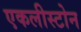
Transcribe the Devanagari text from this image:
एकलीस्टोन